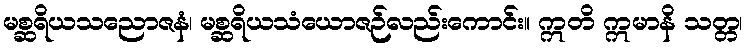
မစ္ဆရိယသညောဇနံ၊ မစ္ဆရိယသံယောဇဉ်လည်းကောင်း။ ဣတိ ဣမာနိ သတ္တ၊